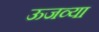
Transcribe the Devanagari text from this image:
ऊजव्या